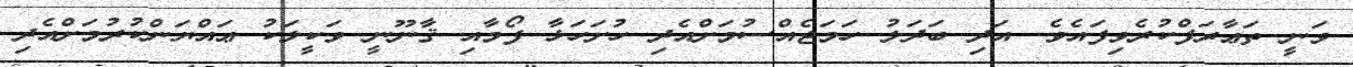
ވަނީ ތަޢާރަފްކުރެވިފައެވެ. އަދި ބަދަލު ހަމަޖެއްސުމަށްއެދި ހުށަހަޅާ ފޯމާއި ޤާނޫނީ ވަކީލަކު ޢައްޔަންކުރުމަށްއެދި